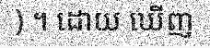
) ។ ដោយ ឃើញ